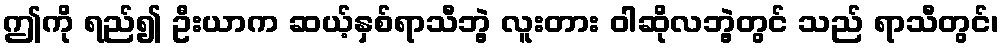
ဤကို ရည်၍ ဦးယာက ဆယ့်နှစ်ရာသီဘွဲ့ လူးတား ဝါဆိုလဘွဲ့တွင် သည် ရာသီတွင်၊